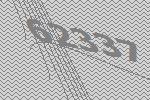
62337